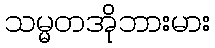
သမ္မတအိုဘားမား